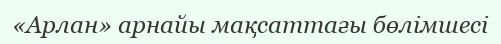
«Арлан» арнайы мақсаттағы бөлімшесі